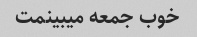
خوب جمعه میبینمت